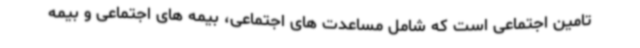
تامین اجتماعی است که شامل مساعدت های اجتماعی، بیمه های اجتماعی و بیمه